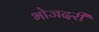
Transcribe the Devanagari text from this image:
भोजदरी